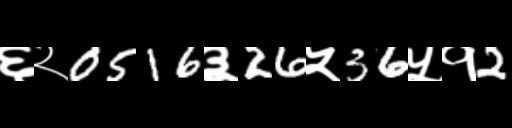
Text: ६२0516३26५36५१2